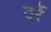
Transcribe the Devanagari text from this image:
ठर्रे